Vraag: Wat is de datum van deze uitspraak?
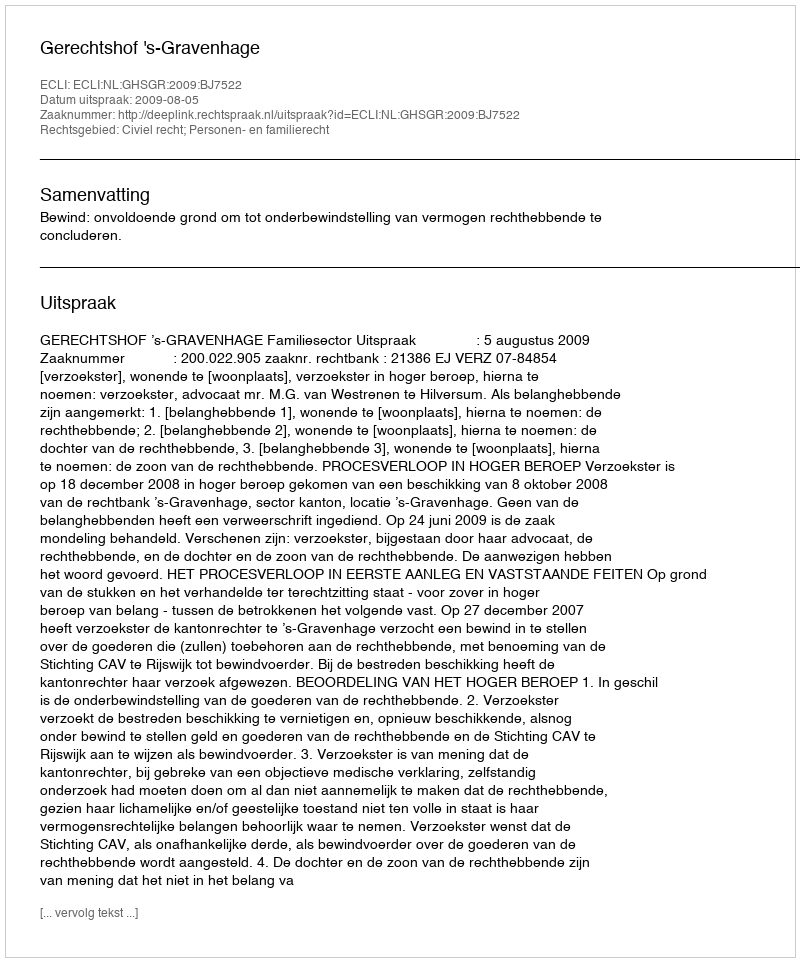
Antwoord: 2009-08-05